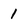
Character: 1